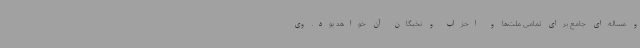
و مساله‌ای جامع برای تمامی ملت‌ها و احزاب و نخبگان آن خواهد بود. وی